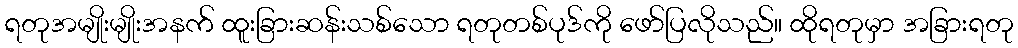
ရတုအမျိုးမျိုးအနက် ထူးခြားဆန်းသစ်သော ရတုတစ်ပုဒ်ကို ဖော်ပြလိုသည်။ ထိုရတုမှာ အခြားရတု